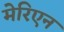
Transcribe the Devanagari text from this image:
मेरिएन